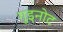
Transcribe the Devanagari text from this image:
गुइनोट